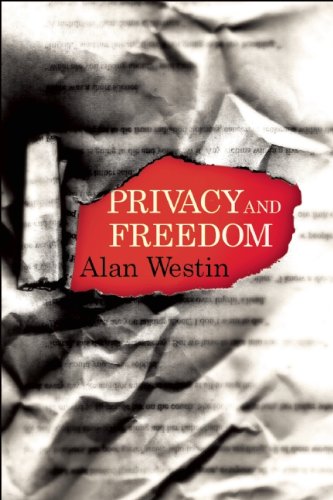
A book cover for Privacy and Freedom; Alan Westin; Computers & Technology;